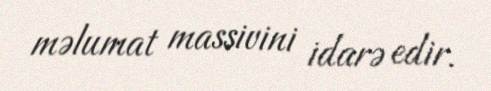
məlumat massivini idarə edir.